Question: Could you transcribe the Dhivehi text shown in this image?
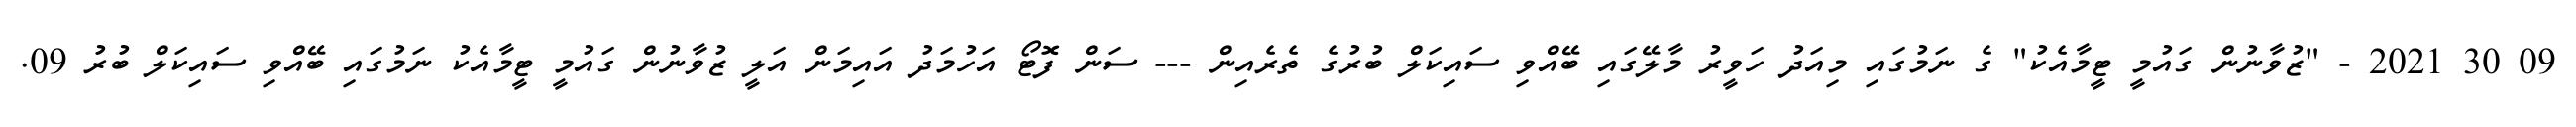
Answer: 09 30 2021 - "ޒުވާނުން ގައުމީ ޓީމާއެކު" ގެ ނަމުގައި މިއަދު ހަވީރު މާލޭގައި ބޭއްވި ސައިކަލް ބުރުގެ ތެރެއިން --- ސަން ފޮޓޯ އަހުމަދު އައިމަން އަލީ ޒުވާނުން ގައުމީ ޓީމާއެކު ނަމުގައި ބޭއްވި ސައިކަލް ބުރު 09.